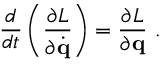
{ \frac { d } { d t } } \left( { \frac { \partial L } { \partial { \dot { \mathbf { q } } } } } \right) = { \frac { \partial L } { \partial \mathbf { q } } } ~ .